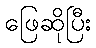
ဖြေဆိုပြီး